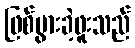
ဖြစ်ပွားခဲ့ဖူးသည်